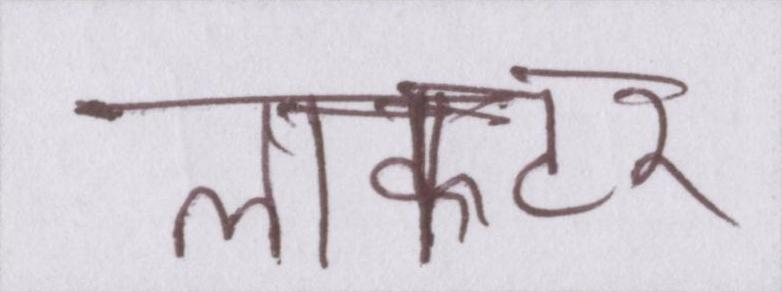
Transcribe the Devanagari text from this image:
लाफ्टर